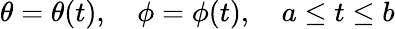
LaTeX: \theta=\theta(t),\quad\phi=\phi(t),\quad a\leq t\leq b